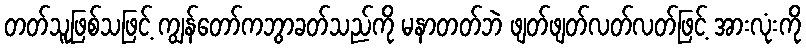
တတ်သူဖြစ်သဖြင့် ကျွန်တော်ကဘွာခတ်သည်ကို မနာတတ်ဘဲ ဖျတ်ဖျတ်လတ်လတ်ဖြင့် အားလုံးကို